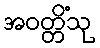
အဝတ္တိံသု